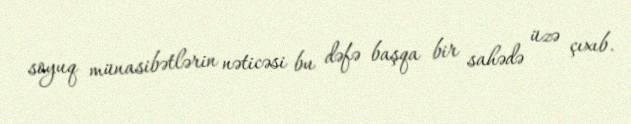
soyuq münasibətlərin nəticəsi bu dəfə başqa bir sahədə üzə çıxıb.